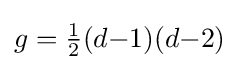
g={\tfrac {1}{2}}(d{-}1)(d{-}2)